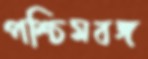
পশ্চিমবঙ্গ